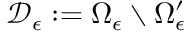
\mathcal { D } _ { \epsilon } : = \Omega _ { \epsilon } \setminus \Omega _ { \epsilon } ^ { \prime }